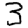
Digit: 3